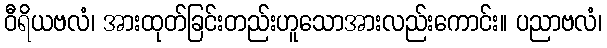
ဝီရိယဗလံ၊ အားထုတ်ခြင်းတည်းဟူသောအားလည်းကောင်း။ ပညာဗလံ၊